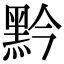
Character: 黔